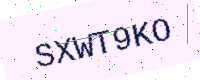
Text: SXWT9KO